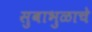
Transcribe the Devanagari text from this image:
सुबाभुळाचे